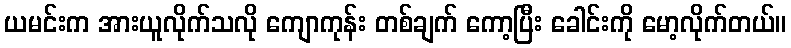
ယမင်းက အားယူလိုက်သလို ကျောကုန်း တစ်ချက် ကော့ပြီး ခေါင်းကို မော့လိုက်တယ်။